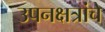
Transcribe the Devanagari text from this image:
उपनक्षत्रांचे